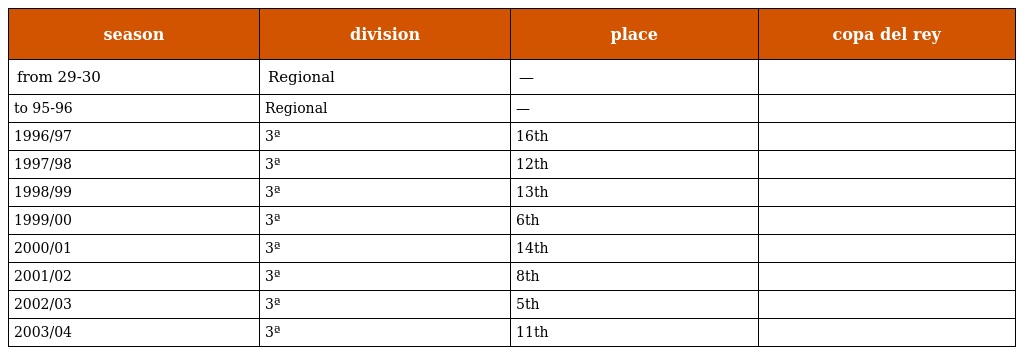
| season | division | place | copa del rey |
 | --- | --- | --- | --- |
 | from 29-30 | Regional | — |  |
 | to 95-96 | Regional | — |  |
 | 1996/97 | 3ª | 16th |  |
 | 1997/98 | 3ª | 12th |  |
 | 1998/99 | 3ª | 13th |  |
 | 1999/00 | 3ª | 6th |  |
 | 2000/01 | 3ª | 14th |  |
 | 2001/02 | 3ª | 8th |  |
 | 2002/03 | 3ª | 5th |  |
 | 2003/04 | 3ª | 11th |  |